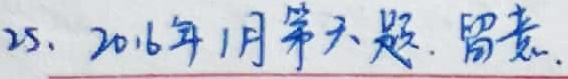
25. 2016年1月第六题. 留意.